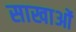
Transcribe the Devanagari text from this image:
साखाओं